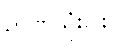
ဉာဏ်သုံးပါး)။